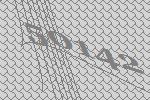
50142